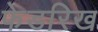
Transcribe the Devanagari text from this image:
फेडरिख